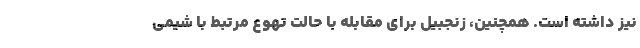
نیز داشته است. همچنین، زنجبیل برای مقابله با حالت تهوع مرتبط با شیمی